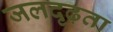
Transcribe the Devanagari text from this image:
जलदृढ़ता